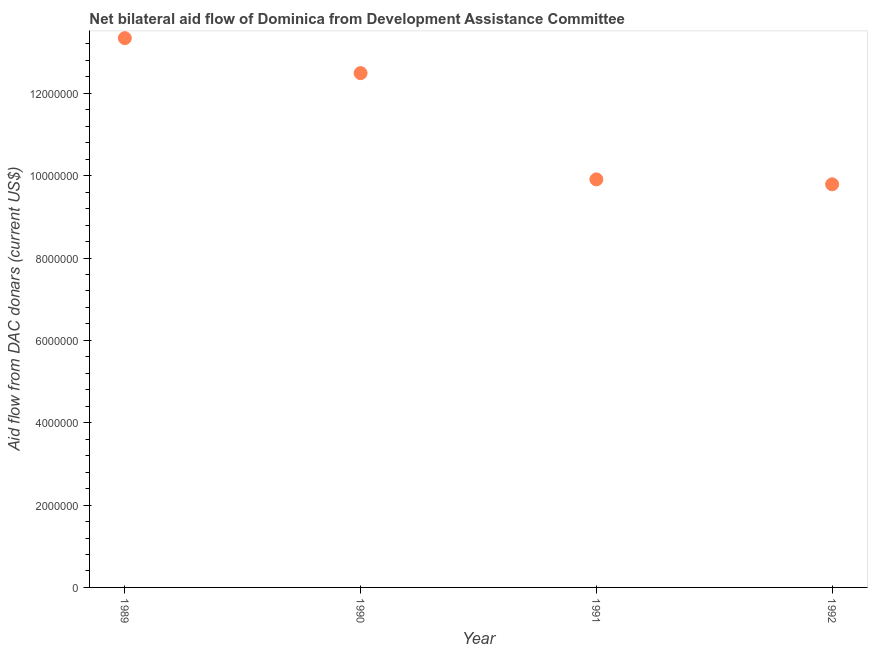
| Year | Net bilateral aid flows from DAC donors |
 | --- | --- |
 | 1989 | 1.33e+07 |
 | 1990 | 1.25e+07 |
 | 1991 | 9.91e+06 |
 | 1992 | 9.79e+06 |